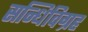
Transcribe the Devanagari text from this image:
सन्धिविग्रह